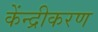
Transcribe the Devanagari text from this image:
केंन्द्रीकरण